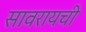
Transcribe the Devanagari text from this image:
सावरायची